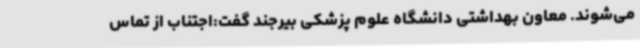
می‌شوند. معاون بهداشتی دانشگاه علوم پزشکی بیرجند گفت:اجتناب از تماس